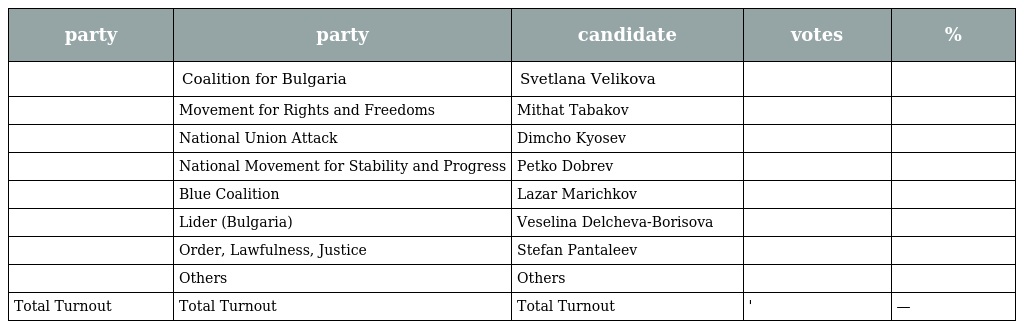
| party | party | candidate | votes | % |
 | --- | --- | --- | --- | --- |
 |  | Coalition for Bulgaria | Svetlana Velikova |  |  |
 |  | Movement for Rights and Freedoms | Mithat Tabakov |  |  |
 |  | National Union Attack | Dimcho Kyosev |  |  |
 |  | National Movement for Stability and Progress | Petko Dobrev |  |  |
 |  | Blue Coalition | Lazar Marichkov |  |  |
 |  | Lider (Bulgaria) | Veselina Delcheva-Borisova |  |  |
 |  | Order, Lawfulness, Justice | Stefan Pantaleev |  |  |
 |  | Others | Others |  |  |
 | Total Turnout | Total Turnout | Total Turnout | ' | — |